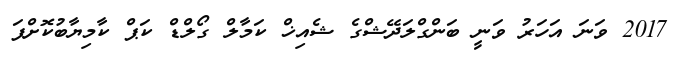
2017 ވަނަ އަހަރު ވަނީ ބަންގްލަދޭޝްގެ ޝެއިޚް ކަމާލް ގޯލްޑް ކަޕް ކާމިޔާބުކޮށްފަ